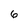
Character: 6